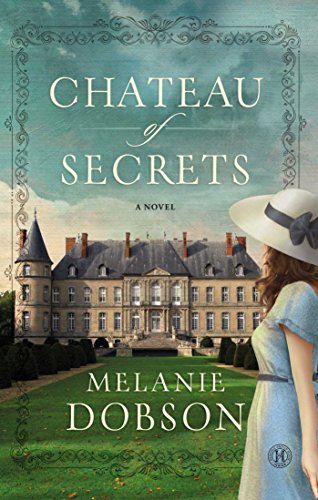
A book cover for Chateau of Secrets: A Novel; Melanie Dobson; Romance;